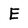
Character: E